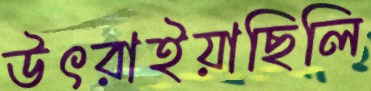
উৎরাইয়াছিলি